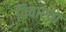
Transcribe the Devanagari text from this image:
पिवाश्या